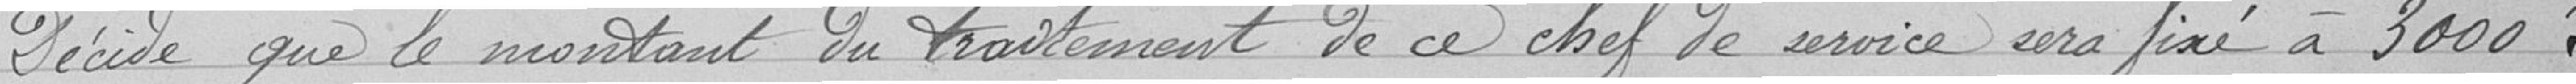
Réparations au bâtiment de l'ancien hôpital